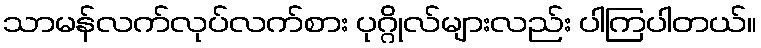
သာမန်လက်လုပ်လက်စား ပုဂ္ဂိုလ်များလည်း ပါကြပါတယ်။